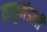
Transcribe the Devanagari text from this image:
वायुमंडली